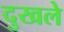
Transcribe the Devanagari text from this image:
दुखले